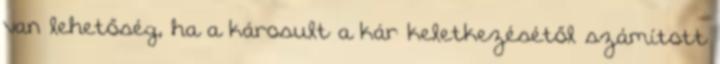
van lehetőség, ha a károsult a kár keletkezésétől számított